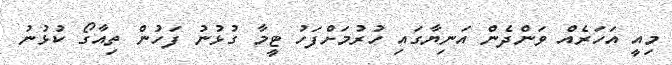
މިއީ އަހަރެއް ވަންދެން އަނިޔާގައި ހުރުމަށްފަހު ޓީމާ ގުޅުނު ފަހުން ތިއާގޯ ކުޅުނު